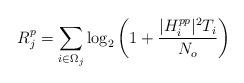
LaTeX: \begin{align*}R_{j}^{p}=\sum_{i \in \Omega_j} \log_2 \left(1+\frac{|H_i^{pp}|^2 T_i}{N_o}\right)\end{align*}